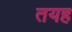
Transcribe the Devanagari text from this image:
तयह